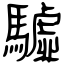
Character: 驉